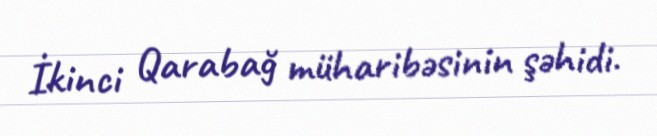
İkinci Qarabağ müharibəsinin şəhidi.